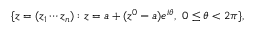
\{ z = ( z _ { 1 } \cdots z _ { n } ) : z = a + ( z ^ { 0 } - a ) e ^ { i \theta } , \ 0 \leq \theta < 2 \pi \} ,